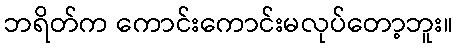
ဘရိတ်က ကောင်းကောင်းမလုပ်တော့ဘူး။